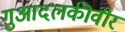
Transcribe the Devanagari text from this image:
गुआदलकीवीर